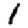
Digit: 1